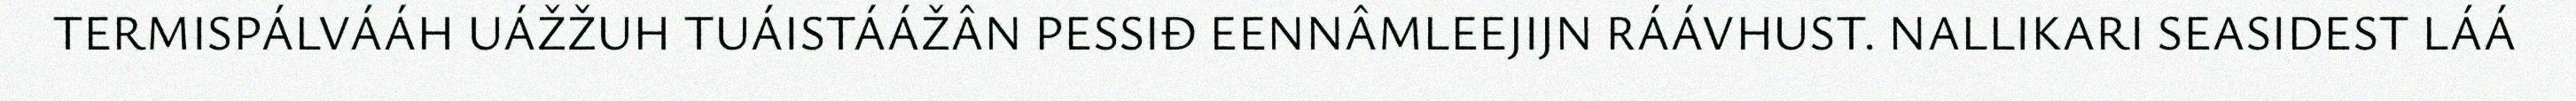
TERMISPÁLVÁÁH UÁŽŽUH TUÁISTÁÁŽÂN PESSIĐ EENNÂMLEEJIJN RÁÁVHUST. NALLIKARI SEASIDEST LÁÁ